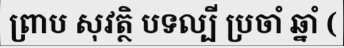
ព្រាប សុវត្ថិ បទល្បី ប្រចាំ ឆ្នាំ (